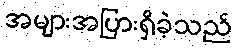
အများအပြားရှိခဲ့သည်